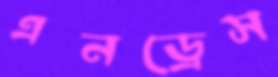
এনড্রেস